Medical and sanitary report of the native army of Madras for the year
Year: 1872
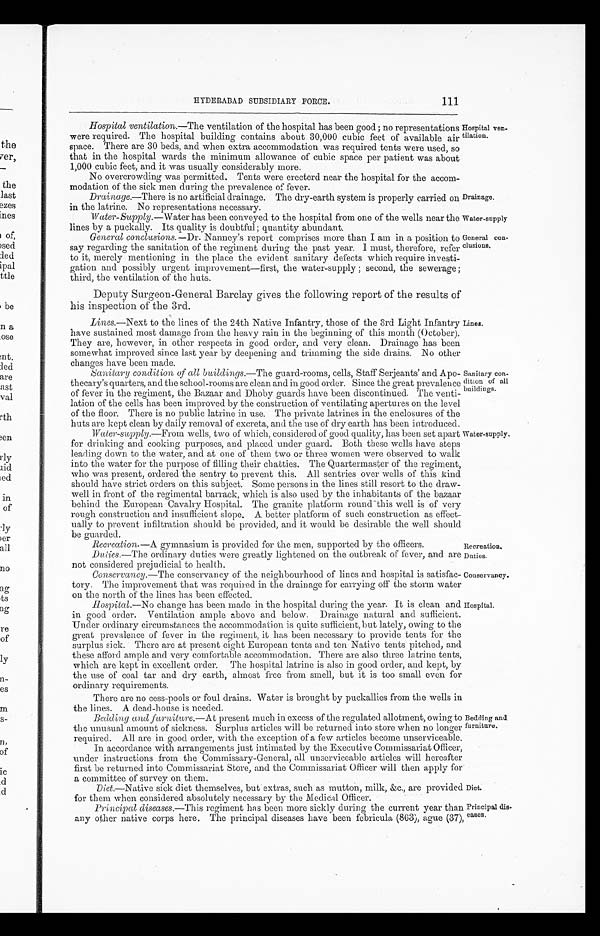
Drainage.
Water-supply
Duties.
Conservancy.
111
HYDERABAD SUBSIDIARY FORCE.
Hospital ventilation.—The ventilation of the hospital has been good; no representations
were required. The hospital building contains about 30,000 cubic feet of available air
space. There are 30 beds, and when extra accommodation was required tents were used, so
that in the hospital wards the minimum allowance of cubic space per patient was about
1,000 cubic feet, and it was usually considerably more.
No overcrowding was permitted. Tents were erecterd near the hospital for the accom
-
modation of the sick men during the prevalence of fever.
Drainage.—There is no artificial drainage. The dry-earth system is properly carried on
in the latrine. No representations necessary.
Water-Supply.—Water has been conveyed to the hospital from one of the wells near the
lines by a puckally. Its quality is doubtful; quantity abundant.
Hospital ve
n-
tilation.
General con
-
clusions.
General conclusions.—Dr. Nanney's report comprises more than I am in a position to
say regarding the sanitation of the regiment during the past year. I must, therefore, refer
to it, merely mentioning in the place the evident sanitary defects which require investi
-
gation and possibly urgent improvement—first, the water-supply; second, the sewerage;
third, the ventilation of the huts.
Deputy Surgeon-General Barclay gives the following report of the results of
his inspection of the 3rd.
Lines.—Next to the lines of the 24th Native Infantry, those of the 3rd Light Infantry
have sustained most damage from the heavy rain in the beginning of this month (October).
They are, however, in other respects in good order, and very clean. Drainage has been
somewhat improved since last year by deepening and trimming the side drains. No other
changes have been made.
Sanitary condition of all buildings.— The guard-rooms, cells, Staff Serjeants' and Apo
-
thecary's quarters, and the school-rooms are clean and in good order. Since the great prevalence
of fever in the regiment, the Bazaar and Dhoby guards have been discontinued. The venti
-
lation of the cells has been improved by the construction of ventilating apertures on the level
of the floor. There is no public latrine in use. The private latrines in the enclosures of the
huts are kept clean by daily removal of excreta, and the use of dry earth has been introduced.
Lines.
Sanitary con
-
dition of all
buildings.
Water-supply .—From wells, two of which, considered of good quality, has been set apart
for drinking and cooking purposes, and placed under guard. Both these wells have steps
leading down to the water, and at one of them two or three women were observed to walk
into the water for the purpose of filling their chatties. The Quartermaster of the regiment,
who was present, ordered the sentry to prevent this. All sentries over wells of this kind
should have strict orders on this subject. Some persons in the lines still resort to the draw
-
well in front of the regimental barrack, which is also used by the inhabitants of the bazaar
behind the European Cavalry Hospital. The granite platform round this well is of very
rough construction and insufficient slope. A better platform of such construction as effect
-
ually to prevent infiltration should be provided, and it would be desirable the well should
be guarded.
Water-supply.
Recreation.—A gymnasium is provided for the men, supported by the officers.
Recreation.
Duties .—The ordinary duties were greatly lightened on the outbreak of fever, and are
not considered prejudicial to health.
Conservancy .—The conservancy of the neighbourhood of lines and hospital is satisfac
-
tory. The improvement that was required in the drainage for carrying off the storm water
on the north of the lines has been effected.
Hospital.—No change has been made in the hospital during the year. It is clean and
in good order. Ventilation ample above and below. Drainage natural and sufficient.
Under ordinary circumstances the accommodation is quite sufficien t, but lately, owing to the
great prevalence of fever in the regiment, it has been necessary to provide tents for the
surplus sick. There are at present eight European tents and ten Native tents pitched, and
these afford ample and very comfortable accommodation. There are also three latrine tents,
which are kept in excellent order. The hospital latrine is also in good order, and kept, by
the use of coal tar and dry earth, almost free from smell, but it is too small even for
ordinary requirements.
There are no cess-pools or foul drains. Water is brought by puckallies from the wells in
the lines. A dead-house is needed.
Hospital.
Bedding and furniture.— At present much in excess of the regulated allotment, owing to
the unusual amount of sickness. Surplus articles will be returned into store when no longer
required. All are in good order, with the exception of a few articles become unserviceable.
In accordance with arrangements just intimated by the Executive Commissariat Officer,
under instructions from the Commissary-General, all unserviceable articles will hereafter
first be returned into Commissariat Store, and the Commissariat Officer will then apply for
a committee of survey on them.
Bedding and
furniture.
Diet.—Native sick diet themselves, but extras, such as mutton, milk, &c., are provided
for them when considered absolutely necessary by the Medical Officer.
Principal diseases.—This regiment has been more sickly during the current year than
any other native corps here. The principal diseases have been febricula (863), ague (37),
Diet.
Principal dis
-
eases.